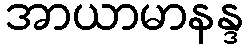
အာယာမာနန္ဒ